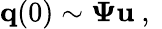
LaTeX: {\mathbf q}(0)\sim{\mathbf\Psi}{\mathbf u}\mathrm{~,~}